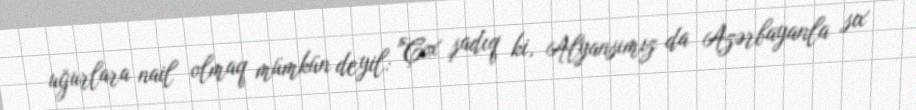
uğurlara nail olmaq mümkün deyil: "Çox şadıq ki, Alyansımız da Azərbayanla sıx